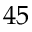
4 5